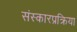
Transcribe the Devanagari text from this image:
संस्कारप्रक्रिया